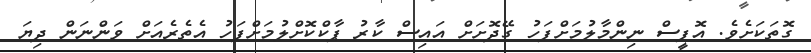
ގޮތަކަށެވެ. އޮފީސް ނިންމާލުމަށްފަހު ގޭދޮށަށް އައިސް ކާރު ޕާކްކޮށްލުމަށްފަހު އެތެރެއަށް ވަންނަން ދިޔަ